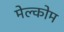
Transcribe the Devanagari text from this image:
मेल्कोम